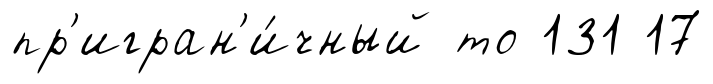
пр'игран'и́чный то 131 17